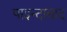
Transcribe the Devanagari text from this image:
पाइन्दाबाद